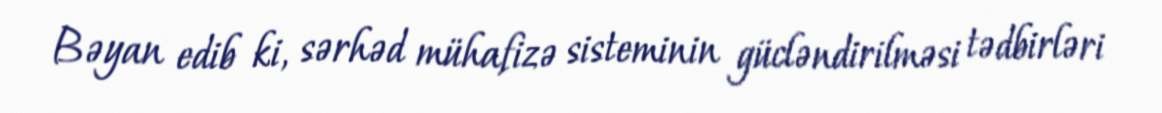
Bəyan edib ki, sərhəd mühafizə sisteminin gücləndirilməsi tədbirləri